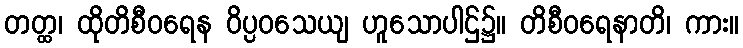
တတ္ထ၊ ထိုတိစီဝရေန ဝိပ္ပဝသေယျ ဟူသောပါဌ်၌။ တိစီဝရေနာတိ၊ ကား။